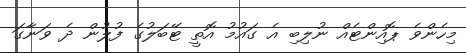
މިހެންވެ ޕޮއިންޓެއް ނުލިބި އެ ގައުމު އޮތީ ޓޭބަލުގެ ފުލުން ދެ ވަނާގަ